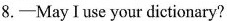
8.-May I use your dictionary?